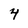
Character: 4